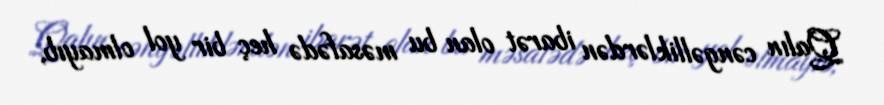
Qalın cəngəlliklərdən ibarət olan bu məsafədə heç bir yol olmayıb,